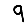
Digit: 9